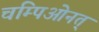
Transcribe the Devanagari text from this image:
चम्पिओनत्